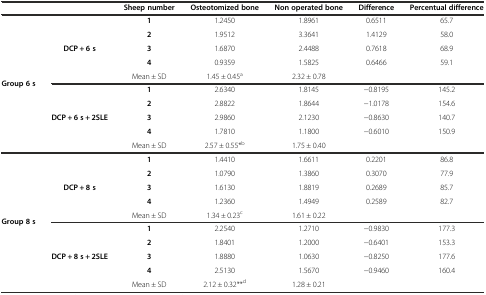
|  |  | Sheep number | Osteotomized bone | Non operated bone | Difference | Percentual difference |
 | --- | --- | --- | --- | --- | --- | --- |
 | <ROWSPAN=10> Group 6 s | <ROWSPAN=5> DCP + 6 s | 1 | 1.2450 | 1.8961 | 0.6511 | 65.7 |
 | 2 | 1.9512 | 3.3641 | 1.4129 | 58.0 |
 | 3 | 1.6870 | 2.4488 | 0.7618 | 68.9 |
 | 4 | 0.9359 | 1.5825 | 0.6466 | 59.1 |
 | Mean ± SD | 1.45 ± 0.45a | 2.32 ± 0.78 |  |  |
 | <ROWSPAN=5> DCP + 6 s + 2SLE | 1 | 2.6340 | 1.8145 | −0.8195 | 145.2 |
 | 2 | 2.8822 | 1.8644 | −1.0178 | 154.6 |
 | 3 | 2.9860 | 2.1230 | −0.8630 | 140.7 |
 | 4 | 1.7810 | 1.1800 | −0.6010 | 150.9 |
 | Mean ± SD | 2.57 ± 0.55*b | 1.75 ± 0.40 |  |  |
 | <ROWSPAN=9> Group 8 s | <ROWSPAN=5> DCP + 8 s | 1 | 1.4410 | 1.6611 | 0.2201 | 86.8 |
 | 2 | 1.0790 | 1.3860 | 0.3070 | 77.9 |
 | 3 | 1.6130 | 1.8819 | 0.2689 | 85.7 |
 | 4 | 1.2360 | 1.4949 | 0.2589 | 82.7 |
 | Mean ± SD | 1.34 ± 0.23c | 1.61 ± 0.22 |  |  |
 | <ROWSPAN=4> DCP + 8 s + 2SLE | 1 | 2.2540 | 1.2710 | −0.9830 | 177.3 |
 | 2 | 1.8401 | 1.2000 | −0.6401 | 153.3 |
 | 3 | 1.8880 | 1.0630 | −0.8250 | 177.6 |
 | 4 | 2.5130 | 1.5670 | −0.9460 | 160.4 |
 |  |  | Mean ± SD | 2.12 ± 0.32**d | 1.28 ± 0.21 |  |  |